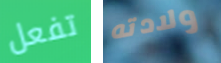
تفعل ولادته